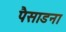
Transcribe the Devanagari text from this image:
पैसाडना